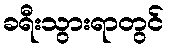
ခရီးသွားရာတွင်